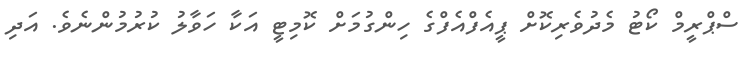
ސްޕްރީމް ކޯޓު މެދުވެރިކޮށް ޕީއެފްއެފްގެ ހިންގުމަށް ކޮމިޓީ އަކާ ހަވާލު ކުރުމުންނެވެ. އަދި